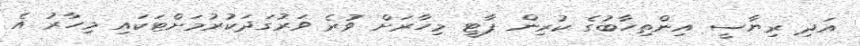
އަދި ރިޔާސީ އިންތިހާބުގެ ކުރިން ޕާޓީ މިހާރަށް ވުރެ ވަރުގަދަކުރުމަށްޓަކައި މިހާރު އެ